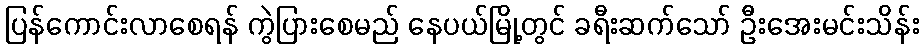
ပြန်ကောင်းလာစေရန် ကွဲပြားစေမည် နေပယ်မြို့တွင် ခရီးဆက်သော် ဦးအေးမင်းသိန်း